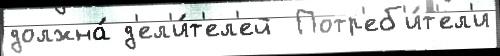
должна́ д'ел'и́т'ел'ей  Потр'еб'и́т'ел'и